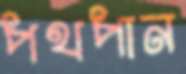
পথপান